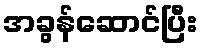
အခွန်ဆောင်ပြီး